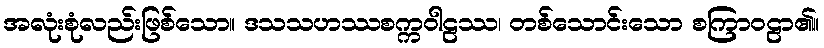
အလုံးစုံလည်းဖြစ်သော။ ဒသသဟဿစက္ကဝါဠဿ၊ တစ်သောင်းသော စကြာဝဠာ၏။